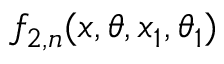
f _ { 2 , n } ( x , \theta , x _ { 1 } , \theta _ { 1 } )